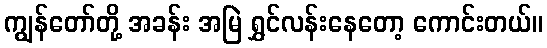
ကျွန်တော်တို့ အခန်း အမြဲ ရွှင်လန်းနေတော့ ကောင်းတယ်။